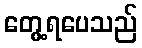
တွေ့ရပေသည်